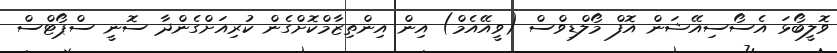
ވޮލީބޯޅަ އެސޯސިއޭޝަން އޮފް މޯލްޑިވްސް (ވީއޭއެމް) އިން އިންތިޒާމްކޮށްގެން ކުރިއަށްގެންދާ ސޮނީ ސްޕޯޓްސް